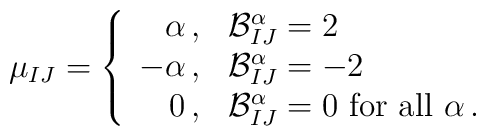
\mu_{IJ}=\left\{\begin{array}{rl} \alpha\,, & {\cal B}^\alpha_{IJ}=2 \\                                  -\alpha\,, & {\cal B}^\alpha_{IJ}=-2 \\                                     0\,,    & {\cal B}^\alpha_{IJ}=0                                                {\mbox{ for all }}\alpha\,.                 \end{array}\right.